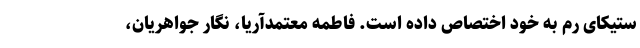
ستیکای رم به خود اختصاص داده است. فاطمه معتمدآریا، نگار جواهریان،